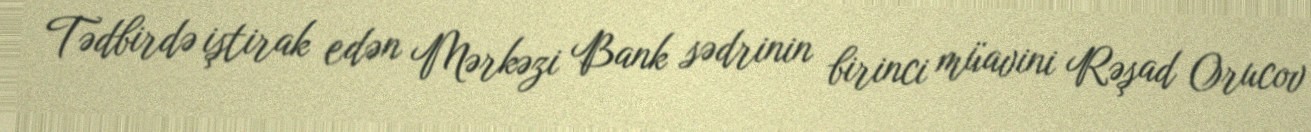
Tədbirdə iştirak edən Mərkəzi Bank sədrinin birinci müavini Rəşad Orucov